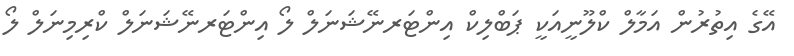
އޭގެ އިތުރުން އަމާލް ކްލޫނީއަކީ ޕަބްލިކް އިންޓަރނޭޝަނަލް ލޯ އިންޓަރނޭޝަނަލް ކްރިމިނަލް ލޯ